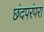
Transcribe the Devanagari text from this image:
छंदपरंपरा